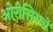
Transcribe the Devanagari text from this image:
ओरीसिसचे